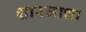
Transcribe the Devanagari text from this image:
शारजाचा